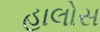
હાલોસ